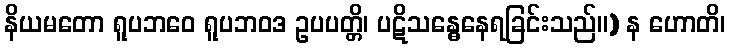
နိယမတော ရူပဘဝေ ရူပဘဝဒ ဥပပတ္တိ၊ ပဋိသန္ဓေနေရခြင်းသည်။) န ဟောတိ၊